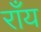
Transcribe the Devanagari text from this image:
राँय